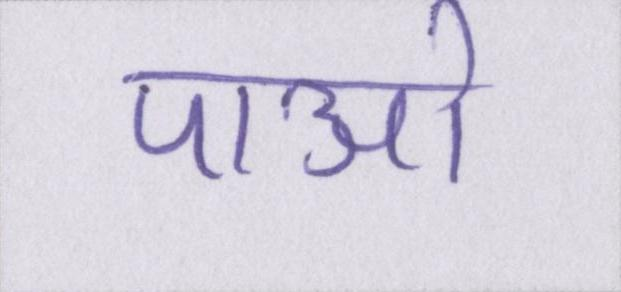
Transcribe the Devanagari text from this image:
पाओ